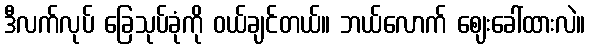
ဒီလက်လုပ် ခြေသုပ်ခုံကို ဝယ်ချင်တယ်။ ဘယ်လောက် ဈေးခေါ်ထားလဲ။